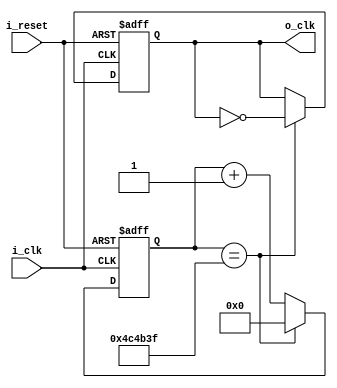
module clock_digit_divider(
    input i_clk, i_reset,
    output o_clk
    );

    reg [31:0] r_counter = 0;
    reg r_clk = 0;
    assign o_clk = r_clk;

    always @(posedge i_clk or posedge i_reset) begin
        if(i_reset) begin
            r_clk <= 0;
            r_counter <= 0;
        end
        else begin
            if(r_counter == 5_000_000 - 1) begin
                r_counter <= 0;
                r_clk <= ~r_clk;
            end
            else begin
                r_counter <= r_counter + 1;
            end
        end
    end
endmodule